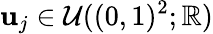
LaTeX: \mathbf{u}_{j}\in\mathcal{U}((0,1)^{2};\mathbb{R})